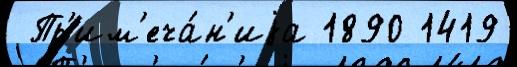
 Пр'им'еча́н'иjа 1890 1419